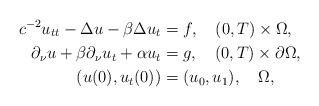
LaTeX: \begin{align*}c^{-2}u_{tt} -\Delta u- \beta \Delta u_t &= f,\quad(0,T)\times\Omega,\\ \partial_\nu u+ \beta \partial_\nu u_t+\alpha u_t&= g,\quad(0,T)\times\partial\Omega,\\ (u(0),u_t(0)) &= (u_0,u_1) ,\quad\Omega, \end{align*}